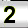
Digit: 2